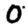
Digit: 0